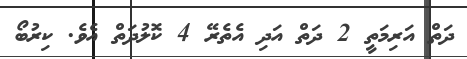
ދަތް އަރިމަތީ 2 ދަތް އަދި އެތެރޭ 4 ކޮލުދަތް އެވެ. ކިރުބޯ